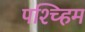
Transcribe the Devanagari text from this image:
पश्च्हिम